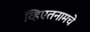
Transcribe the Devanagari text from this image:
व्हिएतनामचे